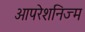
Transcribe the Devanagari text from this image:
आपरेशनिज्म